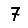
Digit: 7